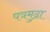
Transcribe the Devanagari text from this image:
पत्रमुद्रा